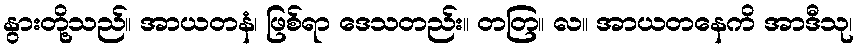
နွားတို့သည်။ အာယတနံ၊ ဖြစ်ရာ ဒေသတည်း။ တတြ။ လ။ အာယတနေကိ အာဒီသု၊